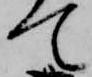
て